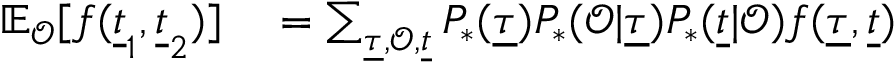
\begin{array} { r } { \begin{array} { r l } { \mathbb { E } _ { \mathcal { O } } [ f ( \underline { { t } } _ { 1 } , \underline { { t } } _ { 2 } ) ] } & { { } = \sum _ { \underline { { \tau } } , \mathcal { O } , \underline { { t } } } P _ { * } ( \underline { { \tau } } ) P _ { * } ( \mathcal { O } | \underline { { \tau } } ) P _ { * } ( \underline { { t } } | \mathcal { O } ) f ( \underline { { \tau } } , \underline { { t } } ) } \end{array} } \end{array}